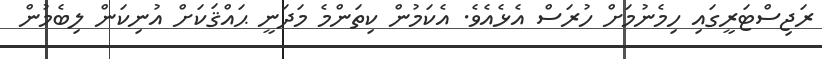
ރަޖިސްޓަރީގައި ހިމެނުމަށް ހުރަސް އެޅެއެވެ. އެކަމުން ކިތަންމެ މަދަނީ ޙައްޤަކަށް އުނިކަން ލިބެމުން